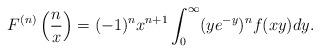
LaTeX: \begin{align*}F^{(n)} \left( \frac{n}{x} \right) = (-1)^{n} x^{n+1} \int_{0}^{\infty} (y e^{-y})^{n} f(xy) dy.\end{align*}